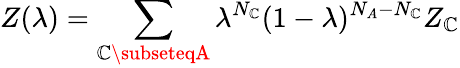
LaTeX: Z(\lambda)=\sum_{\mathbb{C}\subseteqA}\lambda^{N_{\mathbb{C}}}(1-\lambda)^{N_{A}-N_{\mathbb{C}}}Z_{\mathbb{C}}